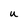
Character: U